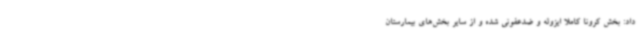
داد: بخش کرونا کاملا ایزوله و ضدعفونی شده و از سایر بخش‌های بیمارستان